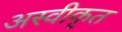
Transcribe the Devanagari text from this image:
अस्‍वीकृत